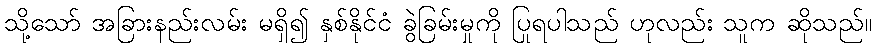
သို့သော် အခြားနည်းလမ်း မရှိ၍ နှစ်နိုင်ငံ ခွဲခြမ်းမှုကို ပြုရပါသည် ဟုလည်း သူက ဆိုသည်။